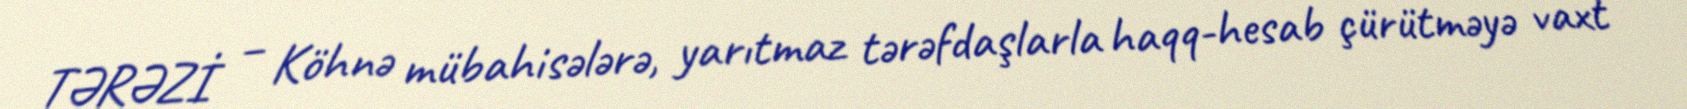
TƏRƏZİ – Köhnə mübahisələrə, yarıtmaz tərəfdaşlarla haqq-hesab çürütməyə vaxt